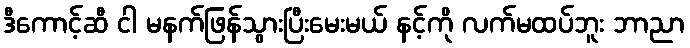
ဒီကောင့်ဆီ ငါ မနက်ဖြန်သွားပြီးမေးမယ် နင့်ကို လက်မထပ်ဘူး ဘာညာ